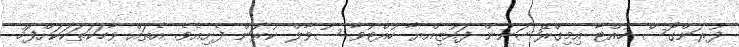
ފުރަންގޮސް ހުއްޓާ އިމިގްރޭޝަނުން ފައުޒިއްޔާ ހުއްޓުވާ ސުވާލް ކުރަން ފެށިއެވެ. އެތައް ވާހަކަތަކަކަށްފަހު